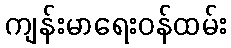
ကျန်းမာရေးဝန်ထမ်း